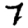
Digit: 7